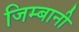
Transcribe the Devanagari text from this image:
जिम्बानी